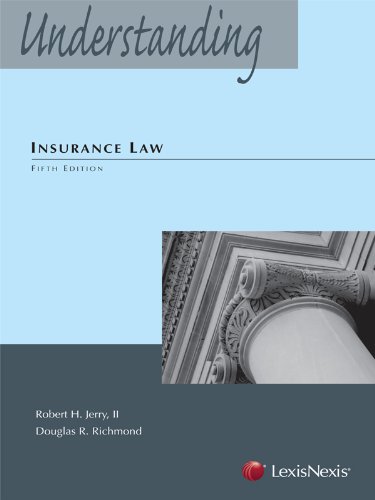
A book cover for Understanding Insurance Law; Robert H. Jerry II; Law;